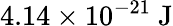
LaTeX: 4.14\times 10^{-21}\mathrm{~J}